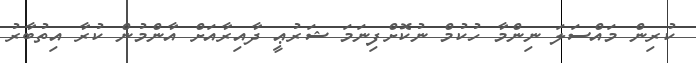
ކުރިން މައްސަލަ ނިންމާ ހުކުމް ނުކޮށްފިނަމަ ޝަރުޢީ ދާއިރާއަށް އާންމުން ކުރާ އިތުބާރު